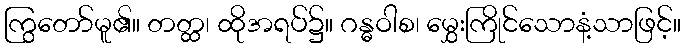
ကြွတော်မူ၏။ တတ္ထ၊ ထိုအရပ်၌။ ဂန္ဓဝါစ၊ မွှေးကြိုင်သောနံ့သာဖြင့်။